King Institute of Preventive Medicine Bacteriolog. Section reports 1907-08
Year: 1907
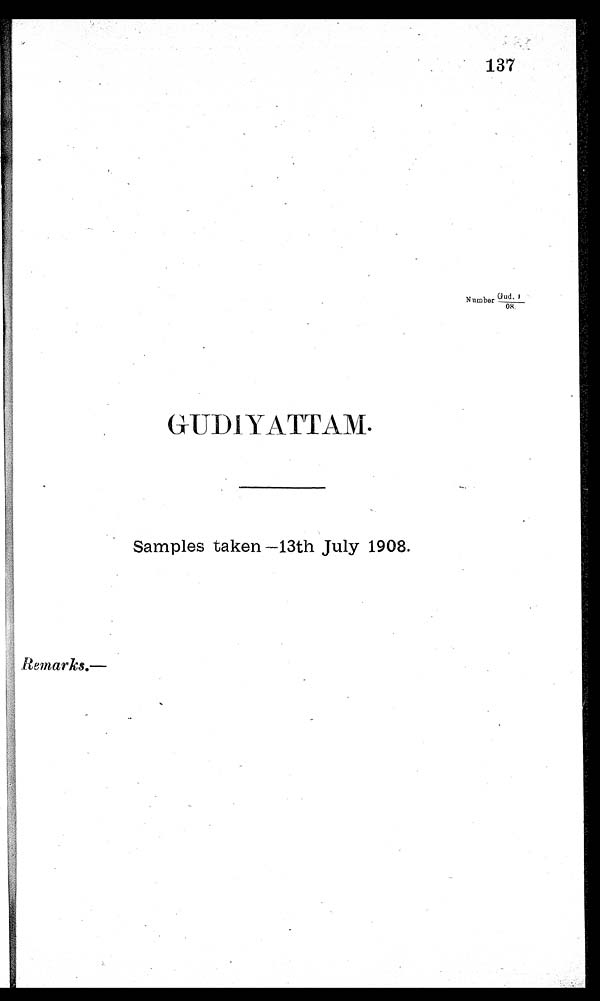
137
Number Gud. I/
08.
GUDIYATTAM.
Samples taken—13th July 1908.
Remarks.—